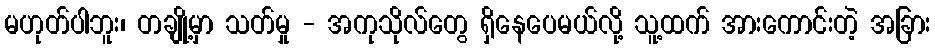
မဟုတ်ပါဘူး၊ တချို့မှာ သတ်မှု - အကုသိုလ်တွေ ရှိနေပေမယ်လို့ သူ့ထက် အားကောင်းတဲ့ အခြား